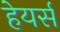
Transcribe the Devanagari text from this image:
हेयर्स